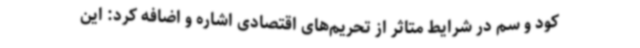
کود و سم در شرایط متاثر از تحریم‌های اقتصادی اشاره و اضافه کرد: این